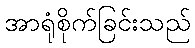
အာရုံစိုက်ခြင်းသည်